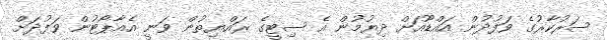
ސަރުކާރުގެ ވަފުދުން އައްޑޫއަށް ދިޔުމުން އެ ސިޓީގެ ރައްޔިތުން ވަނީ އެއާޕޯޓުން ވަފުދަށް